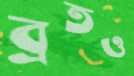
ব্রতও